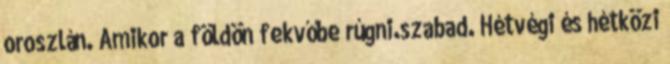
oroszlán. Amikor a földön fekvőbe rúgni.szabad. Hétvégi és hétközi